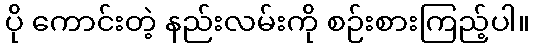
ပို ကောင်းတဲ့ နည်းလမ်းကို စဉ်းစားကြည့်ပါ။